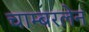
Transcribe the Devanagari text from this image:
चाम्बरलेन